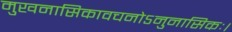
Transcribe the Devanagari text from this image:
मुखनासिकावचनोऽनुनासिकः।